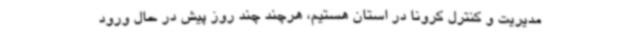
مدیریت و کنترل کرونا در استان هستیم، هرچند چند روز پیش در حال ورود